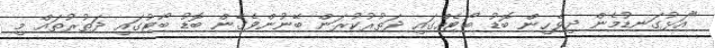
"އަޅުގަނޑުމެން ދިވެހިން ބޮޑު ބޯޓެއްގައި ދަތުރުކުރަން ބޭނުންވެގެން ބޮޑު ބޯޓުގައި ދަތުރުތައް މި